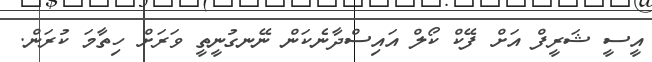
އީސީ ޝަރީފް އަށް ފޭކް ކޯލް އައިސްދާނެކަން ނޭނގުނީތީ ވަރަށް ހިތާމަ ކުރަން.